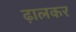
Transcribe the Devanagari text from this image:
ढ़ालकर